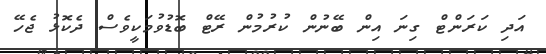
އަދި ކަރަންޓް ގިނަ އިން ބޭނުން ކުރުމުން ރޭޓް ބޮޑުވުމަކީވެސް ދެކޮޅު ޖެހޭ